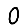
Digit: 0